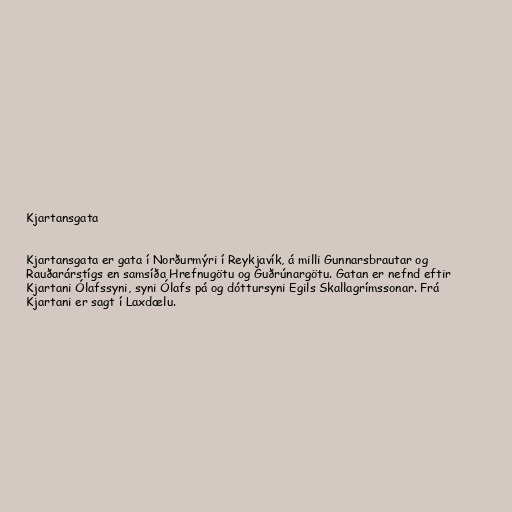
Kjartansgata

Kjartansgata er gata í Norðurmýri í Reykjavík, á milli Gunnarsbrautar og
Rauðarárstígs en samsíða Hrefnugötu og Guðrúnargötu. Gatan er nefnd eftir
Kjartani Ólafssyni, syni Ólafs pá og dóttursyni Egils Skallagrímssonar. Frá
Kjartani er sagt í Laxdælu.